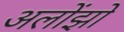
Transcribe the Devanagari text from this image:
अलोंझो